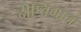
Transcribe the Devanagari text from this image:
दीप्तिमान्